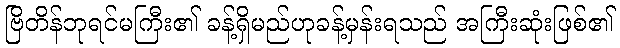
ဗြိတိန်ဘုရင်မကြီး၏ ခန့်ရှိမည်ဟုခန့်မှန်းရသည် အကြီးဆုံးဖြစ်၏